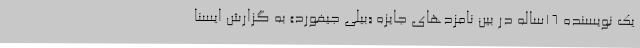
یک نویسنده 16‌ساله در بین نامزدهای جایزه «بیلی جیفورد» به گزارش ایسنا